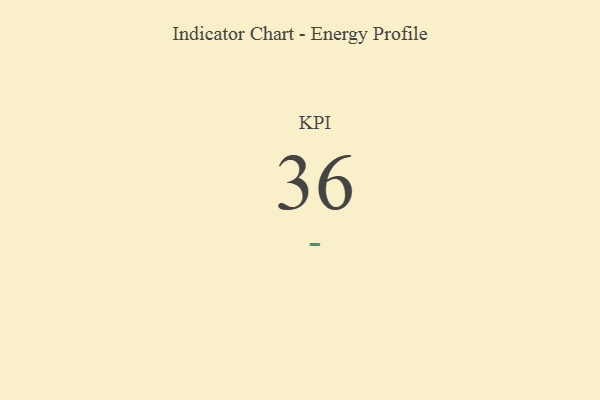
{"axis": {"x": "KPI", "y": "Value"}, "legend": [""], "data": [{"x": "KPI", "y": 36, "type": ""}]}